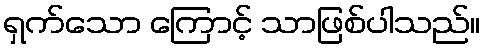
ရှက်သော ကြောင့် သာဖြစ်ပါသည်။